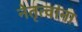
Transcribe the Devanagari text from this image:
नेतृत्वांना